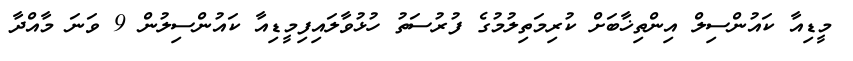
މީޑިއާ ކައުންސިލް އިންތިޚާބަށް ކުރިމަތިލުމުގެ ފުރުސަތު ހުޅުވާލައިފިމީޑިއާ ކައުންސިލުން 9 ވަނަ މާއްދާ